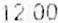
12.00